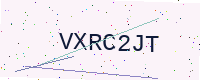
Text: VXRC2JT